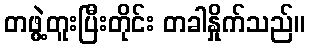
တဖွဲ့တူးပြီးတိုင်း တခါနှိုက်သည်။